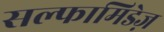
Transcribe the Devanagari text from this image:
सल्फामिडेज़